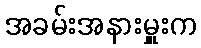
အခမ်းအနားမှူးက